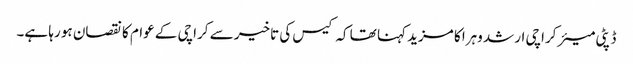
ڈپٹی میئر کراچی ارشد وہرا کا مزید کہنا تھا کہ کیس کی تاخیر سے کراچی کے عوام کا نقصان ہو رہا ہے۔